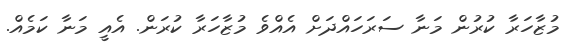
މުޒާހަރާ ކުރުން މަނާ ސަރަހައްދަށް އެއްވެ މުޒާހަރާ ކުރަން. އެއީ މަނާ ކަމެއް.